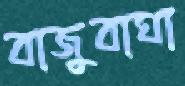
বাজুবাঘা